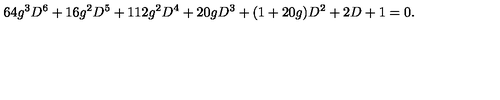
6 4 g ^ { 3 } D ^ { 6 } + 1 6 g ^ { 2 } D ^ { 5 } + 1 1 2 g ^ { 2 } D ^ { 4 } + 2 0 g D ^ { 3 } + ( 1 + 2 0 g ) D ^ { 2 } + 2 D + 1 = 0 .